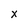
Character: X